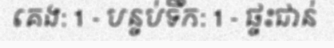
គេង: 1 - បន្ទប់ទឹក: 1 - ផ្ទះជាន់